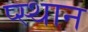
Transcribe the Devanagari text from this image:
प्स्थान